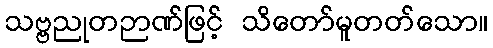
သဗ္ဗညုတဉာဏ်ဖြင့် သိတော်မူတတ်သော။